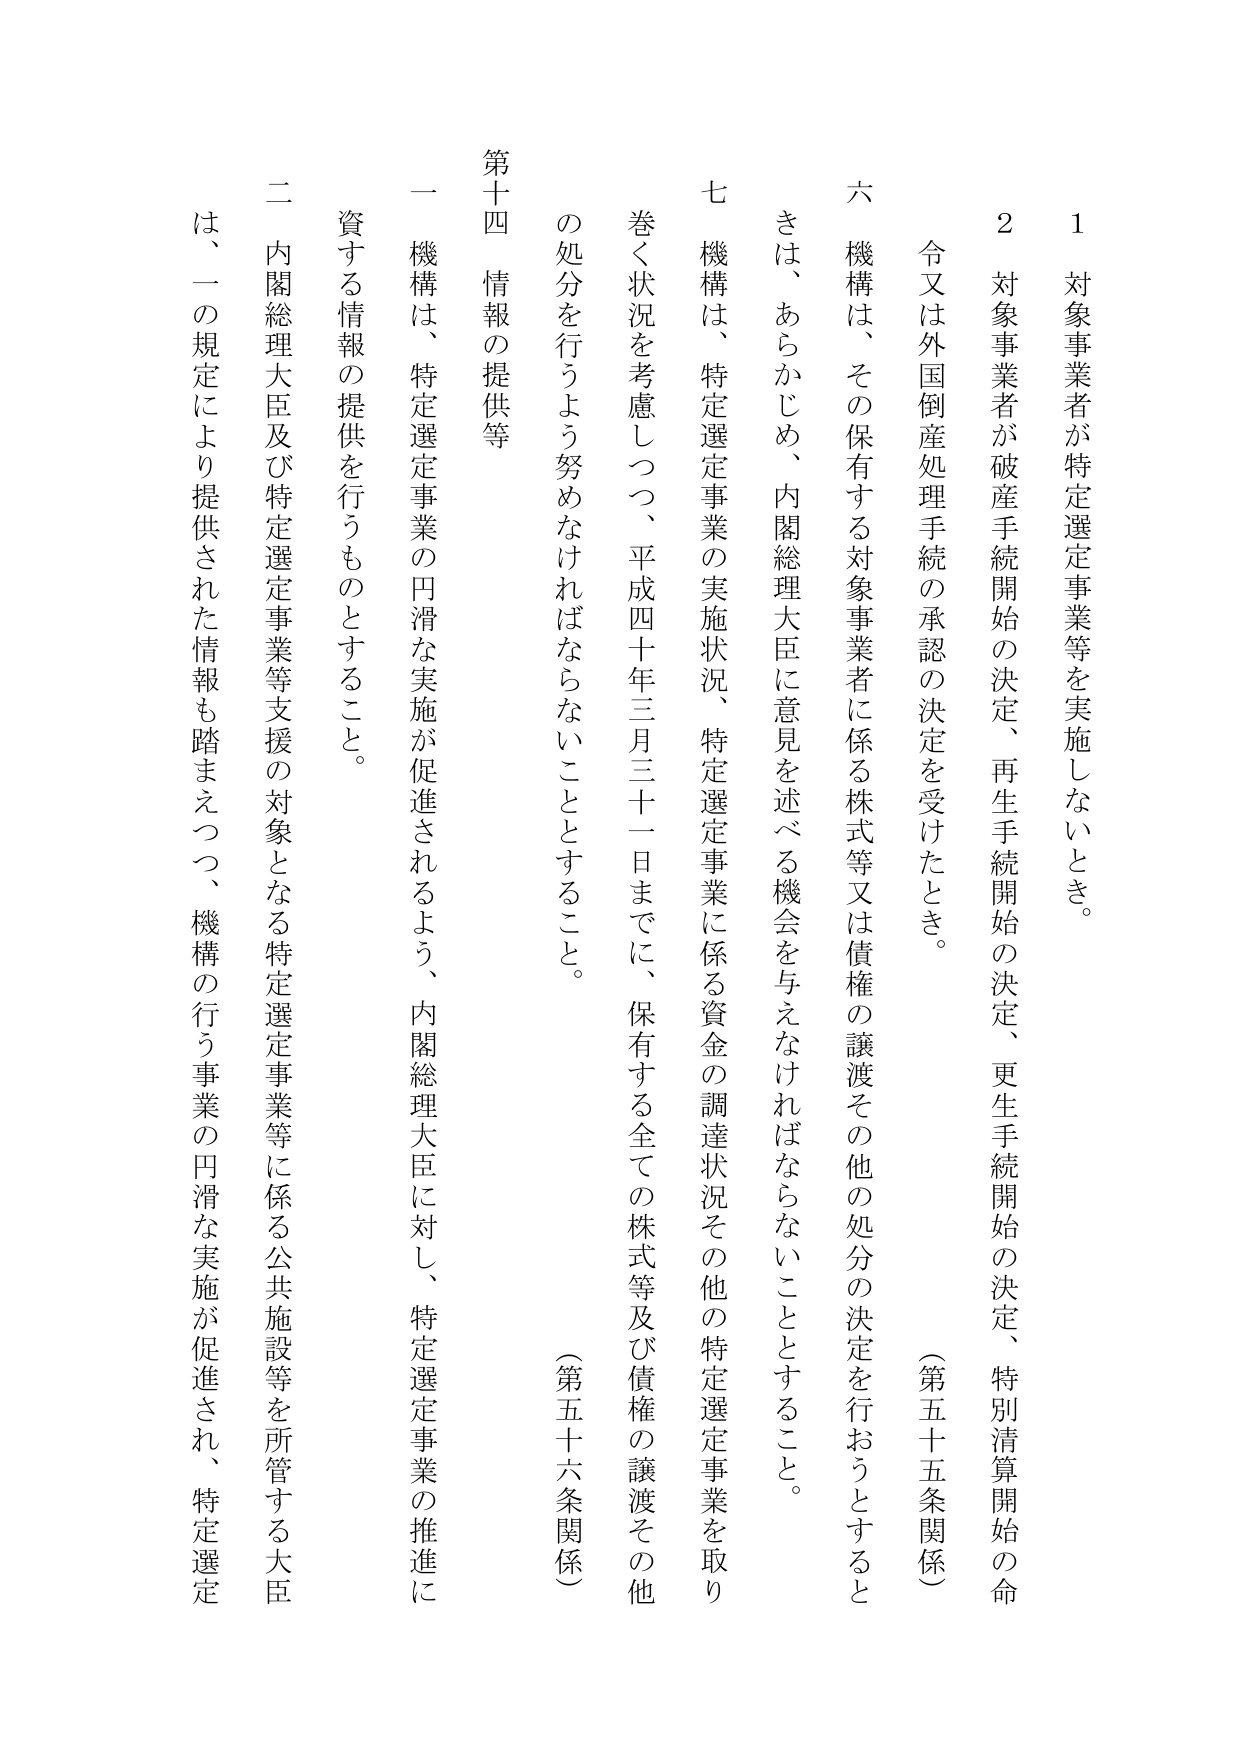
1 対象事業者が特定選定事業等を実施しないとき。

2 対象事業者が破産手続開始の決定、再生手続開始の決定、更生手続開始の決定、特別清算開始の命令又は外国倒産処理手続の承認の決定を受けたとき。

（第五十五条関係）

六 機構は、その保有する対象事業者に係る株式等又は債権の譲渡その他の処分の決定を行おうとするときは、あらかじめ、内閣総理大臣に意見を述べる機会を与えなければならないこととする。

七 機構は、特定選定事業の実施状況、特定選定事業に係る資金の調達状況その他の特定選定事業を取り巻く状況を考慮しつつ、平成四十年三月三十一日までに、保有する全ての株式等及び債権の譲渡その他の処分を行うよう努めなければならないこととする。

（第五十六条関係）

第十四 情報の提供等

一 機構は、特定選定事業の円滑な実施が促進されるよう、内閣総理大臣に対し、特定選定事業の推進に資する情報の提供を行うものとする。

二 内閣総理大臣及び特定選定事業等支援の対象となる特定選定事業等に係る公共施設等を所管する大臣は、一の規定により提供された情報も踏まえつつ、機構の行う事業の円滑な実施が促進され、特定選定